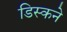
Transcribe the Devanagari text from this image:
डिस्कने